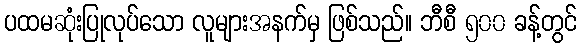
ပထမဆုံးပြုလုပ်သော လူများအနက်မှ ဖြစ်သည်။ ဘီစီ ၅၀၀ ခန့်တွင်